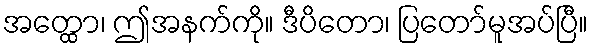
အတ္ထော၊ ဤအနက်ကို။ ဒီပိတော၊ ပြတော်မူအပ်ပြီ။